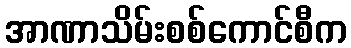
အာဏာသိမ်းစစ်ကောင်စီက